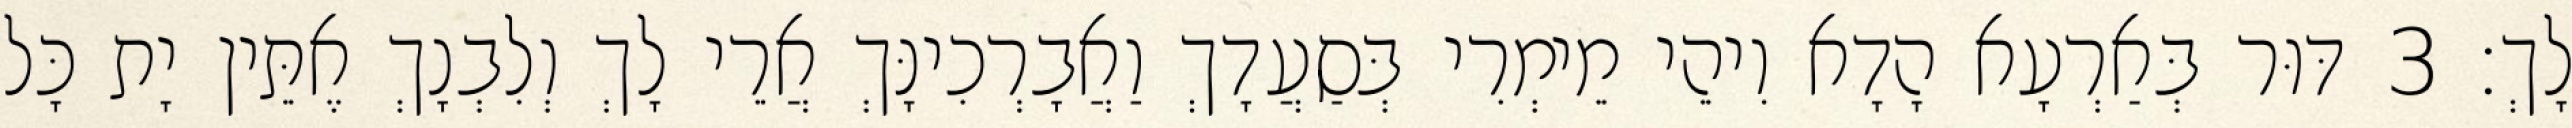
לָךְ׃ 3 דּוּר בְּאַרְעָא הָדָא וִיהֵי מֵימְרִי בְּסַעֲדָךְ וַאֲבָרְכִינָּךְ אֲרֵי לָךְ וְלִבְנָךְ אֶתֵּין יָת כָּל